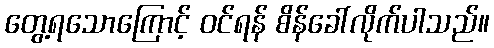
တွေ့ရသောကြောင့် ဝင်ရန် စိန်ခေါ်လိုက်ပါသည်။